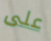
على